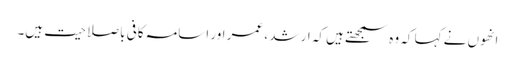
انھوں نے کہا کہ وہ سمجھتے ہیں کہ ارشد ، عمر اور اسامہ کافی باصلاحیت ہیں۔